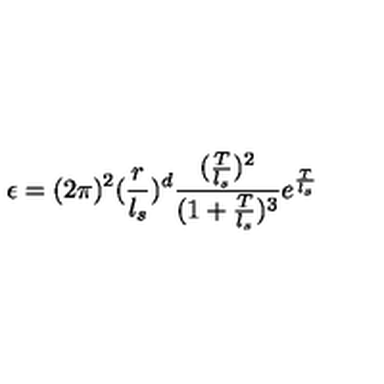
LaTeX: \epsilon = ( 2 \pi ) ^ { 2 } ( \frac { r } { l _ { s } } ) ^ { d } \frac { ( \frac { T } { l _ { s } } ) ^ { 2 } } { ( 1 + \frac { T } { l _ { s } } ) ^ { 3 } } e ^ { \frac { T } { l _ { s } } }